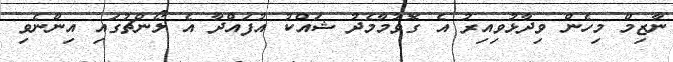
ނާޒިމް މިހެން ވިދާޅުވިިއިރު އެ ގޮވުމާމެދު ޝައްކު އުފައްދާ އެ ލޯންޗުގައި އިންނެވި